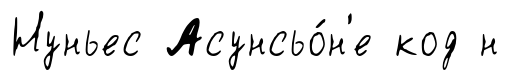
Нуньес Асунсьо́н'е код н